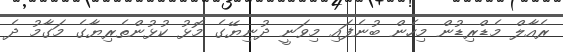
ރެއާލް މެޑްރިޑުން މިހެން ބުނެފައި މިވަނީ ދުނިޔޭގެ މޮޅު ކުޅުންތެރިޔާގެ މަގާމު ދެ